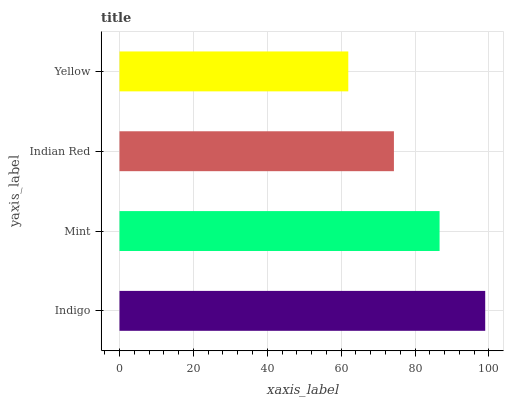
| yaxis_label | bars |
 | --- | --- |
 | Indigo | 99 |
 | Mint | 86.6 |
 | Indian Red | 74.3 |
 | Yellow | 61.9 |